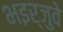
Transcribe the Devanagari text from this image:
भइर्जुवे